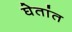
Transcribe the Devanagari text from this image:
घेतांत